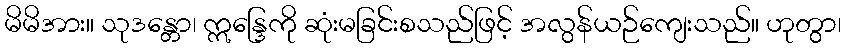
မိမိအား။ သုဒန္တော၊ ဣန္ဒြေကို ဆုံးမခြင်းစသည်ဖြင့် အလွန်ယဉ်ကျေးသည်။ ဟုတွာ၊